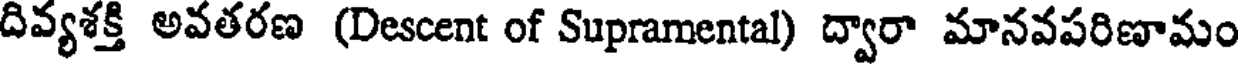
దివ్యశక్తి అవతరణ (Descent of Supramental) ద్వారా మానవపరిణామం